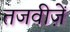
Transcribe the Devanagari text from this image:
तजवीज़ें